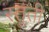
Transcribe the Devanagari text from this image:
स्‍तुती